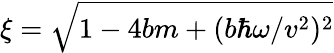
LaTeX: \xi=\sqrt{1-4bm+(b\hbar\omega/v^{2})^{2}}